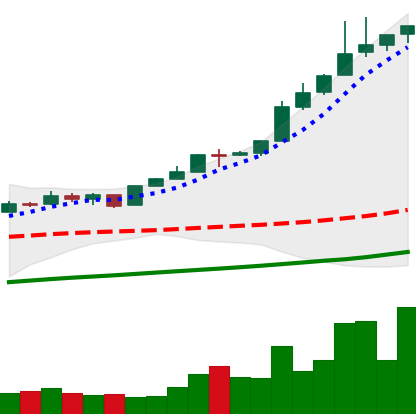
Ticker: BTC-USD
Chart end date: 2017-05-07
Forward return: 7.987%
Label: up_7plus